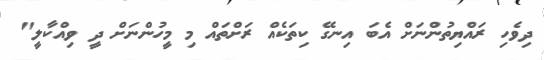
ދިވެހި ރައްޔިތުންނަށް އެބަ އިނގޭ ކިތަކެއް ރަށްތައް މި މީހުންނަށް ދީ ވިއްކާލީ"